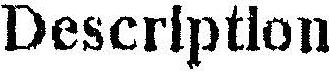
DESCRIPTION